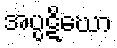
အပ္ပဋိဃော